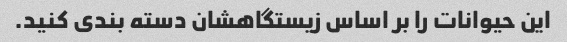
این حیوانات را بر اساس زیستگاهشان دسته بندی کنید.